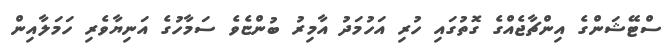
ސްޓޭޝަންގެ އިންޗާޖެއްގެ ގޮތުގައި ހުރި އަހުމަދު އާމިރު ބުންޏެވެ ސަމާހުގެ އަނިޔާވެރި ހަމަލާއިން